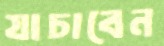
যাচাবেন